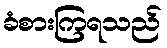
ခံစားကြရသည်